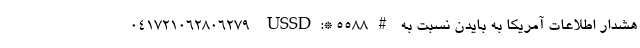
۰۴۱۷۲۱۰۶۲۸۰۶۲۷۹  USSD:* 5588# هشدار اطلاعات آمریکا به بایدن نسبت به